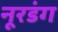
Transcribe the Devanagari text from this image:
नूरडंग